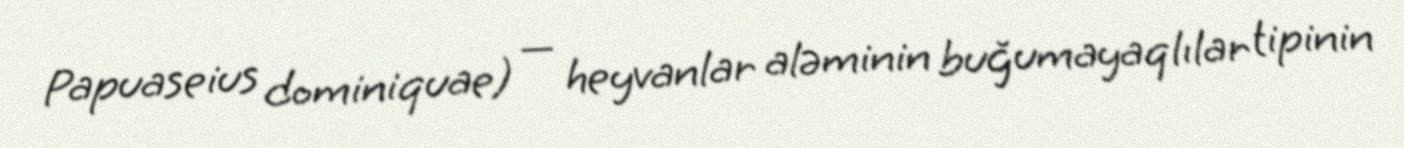
Papuaseius dominiquae) — heyvanlar aləminin buğumayaqlılar tipinin